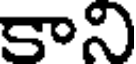
కాని